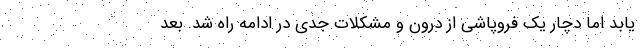
یابد اما دچار یک فروپاشی از درون و مشکلات جدی در ادامه راه شد. بعد